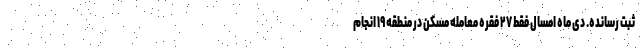
ثبت رسانده. دی ماه امسال فقط ۲۷ فقره معامله مسکن در منطقه ۱۹ انجام